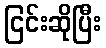
ငြင်းဆိုပြီး